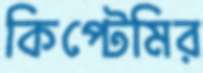
কিপ্টেমির